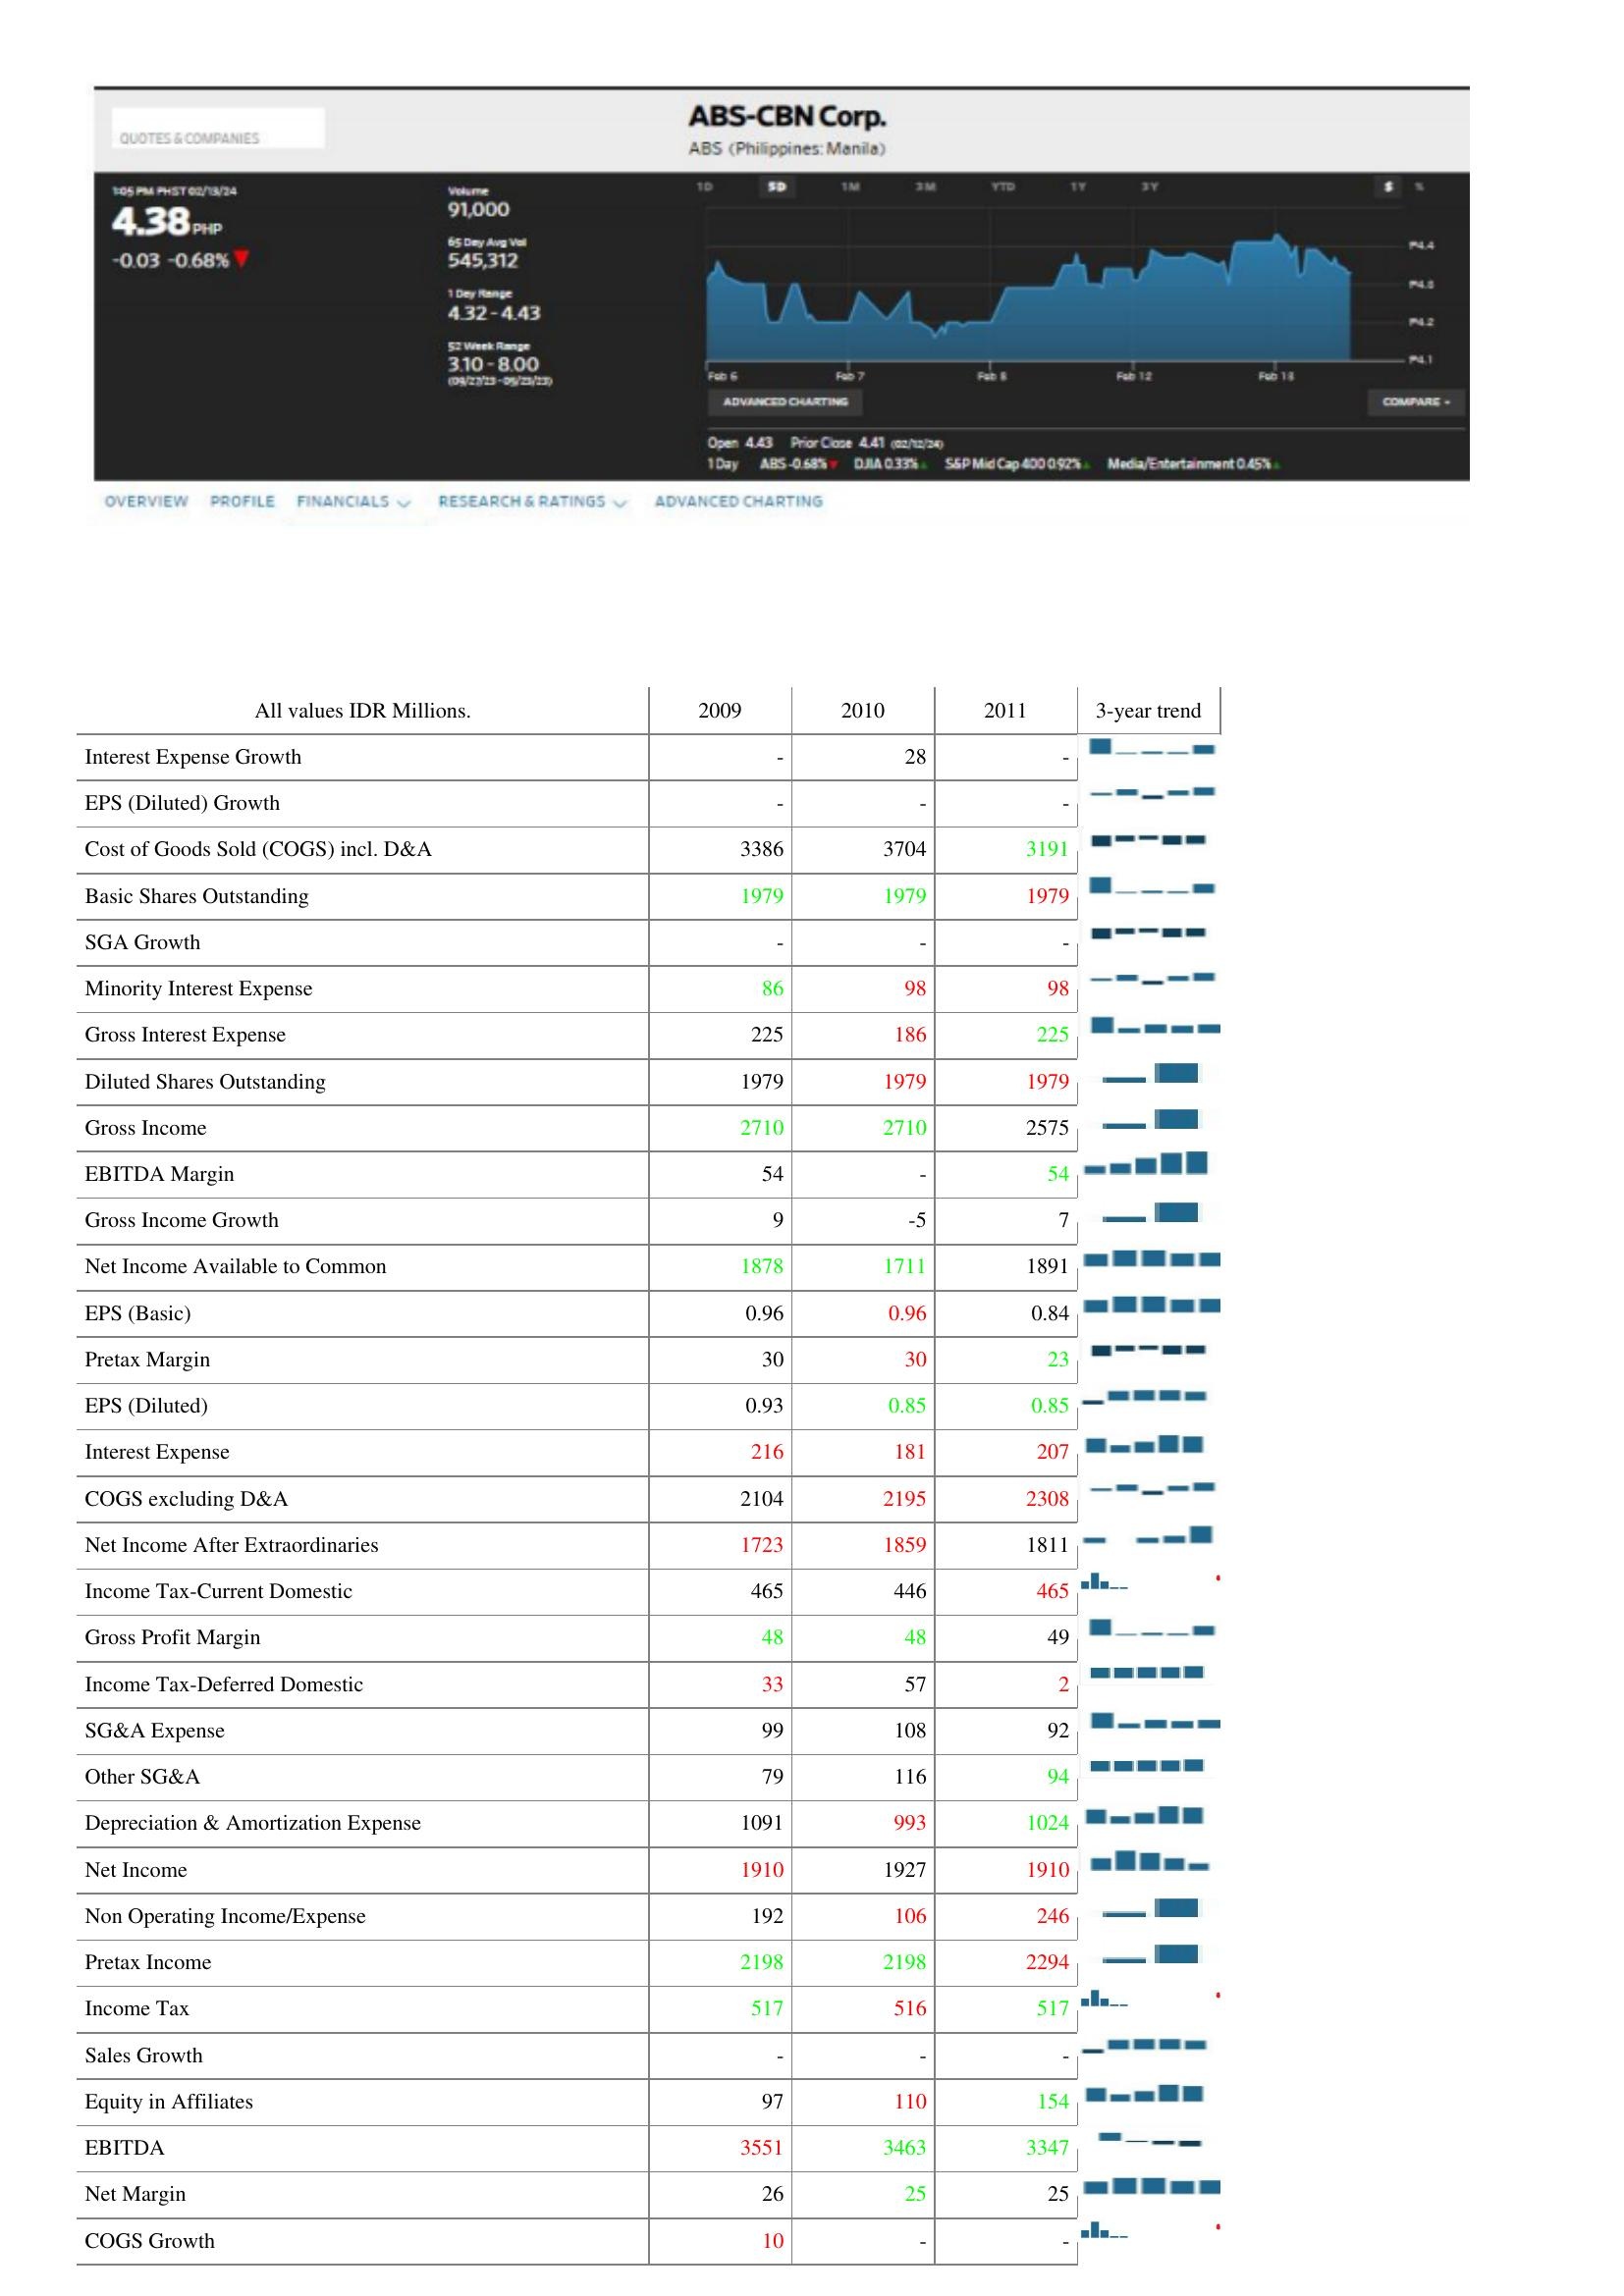
2009: : Interest Expense Growth: -
EPS (Diluted) Growth: -
Cost of Goods Sold (COGS) incl. D&A: 3386
Basic Shares Outstanding: 1979
SGA Growth: -
Minority Interest Expense: 86
Gross Interest Expense: 225
Diluted Shares Outstanding: 1979
Gross Income: 2710
EBITDA Margin: 54
Gross Income Growth: 9
Net Income Available to Common: 1878
EPS (Basic): 0.96
Pretax Margin: 30
EPS (Diluted): 0.93
Interest Expense: 216
COGS excluding D&A: 2104
Net Income After Extraordinaries: 1723
Income Tax-Current Domestic: 465
Gross Profit Margin: 48
Income Tax-Deferred Domestic: 33
SG&A Expense: 99
Other SG&A: 79
Depreciation & Amortization Expense: 1091
Net Income: 1910
Non Operating Income/Expense: 192
Pretax Income: 2198
Income Tax: 517
Sales Growth: -
Equity in Affiliates: 97
EBITDA: 3551
Net Margin: 26
COGS Growth: 10
2010: : Interest Expense Growth: 28
EPS (Diluted) Growth: -
Cost of Goods Sold (COGS) incl. D&A: 3704
Basic Shares Outstanding: 1979
SGA Growth: -
Minority Interest Expense: 98
Gross Interest Expense: 186
Diluted Shares Outstanding: 1979
Gross Income: 2710
EBITDA Margin: -
Gross Income Growth: -5
Net Income Available to Common: 1711
EPS (Basic): 0.96
Pretax Margin: 30
EPS (Diluted): 0.85
Interest Expense: 181
COGS excluding D&A: 2195
Net Income After Extraordinaries: 1859
Income Tax-Current Domestic: 446
Gross Profit Margin: 48
Income Tax-Deferred Domestic: 57
SG&A Expense: 108
Other SG&A: 116
Depreciation & Amortization Expense: 993
Net Income: 1927
Non Operating Income/Expense: 106
Pretax Income: 2198
Income Tax: 516
Sales Growth: -
Equity in Affiliates: 110
EBITDA: 3463
Net Margin: 25
COGS Growth: -
2011: : Interest Expense Growth: -
EPS (Diluted) Growth: -
Cost of Goods Sold (COGS) incl. D&A: 3191
Basic Shares Outstanding: 1979
SGA Growth: -
Minority Interest Expense: 98
Gross Interest Expense: 225
Diluted Shares Outstanding: 1979
Gross Income: 2575
EBITDA Margin: 54
Gross Income Growth: 7
Net Income Available to Common: 1891
EPS (Basic): 0.84
Pretax Margin: 23
EPS (Diluted): 0.85
Interest Expense: 207
COGS excluding D&A: 2308
Net Income After Extraordinaries: 1811
Income Tax-Current Domestic: 465
Gross Profit Margin: 49
Income Tax-Deferred Domestic: 2
SG&A Expense: 92
Other SG&A: 94
Depreciation & Amortization Expense: 1024
Net Income: 1910
Non Operating Income/Expense: 246
Pretax Income: 2294
Income Tax: 517
Sales Growth: -
Equity in Affiliates: 154
EBITDA: 3347
Net Margin: 25
COGS Growth: -